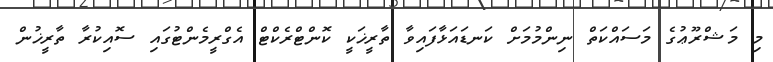
މި މަޝްރޫޢުގެ މަސައްކަތް ނިންމުމަށް ކަނޑައަޅާފައިވާ ތާރީޚަކީ ކޮންޓްރެކްޓް އެގްރީމެންޓުގައި ސޮއިކުރާ ތާރީޚުން